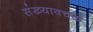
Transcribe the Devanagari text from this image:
संख्यावचक